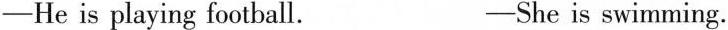
-He is playing football. -She is swimming.